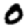
Digit: 0